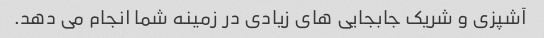
آشپزی و شریک جابجایی های زیادی در زمینه شما انجام می دهد.